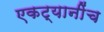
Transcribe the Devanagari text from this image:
एकट्यानींच